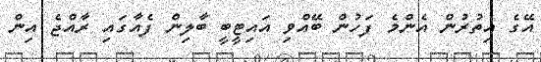
އޭގެ އިތުރުން އެންމެ ފަހުން ބޭއްވި އައިޓީބީ ބާލިން ފެއާގައި ރާއްޖެ އިން